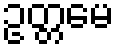
ဥတ္တမေ